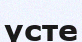
үсте